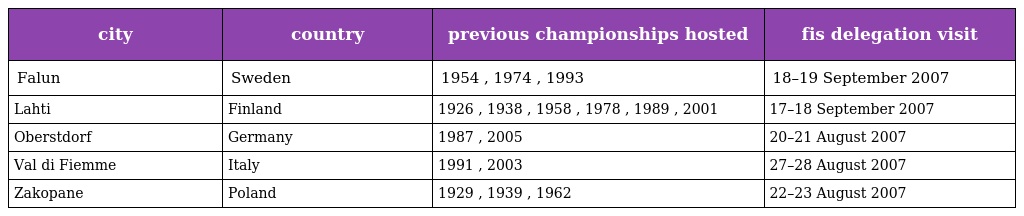
| city | country | previous championships hosted | fis delegation visit |
 | --- | --- | --- | --- |
 | Falun | Sweden | 1954 , 1974 , 1993 | 18–19 September 2007 |
 | Lahti | Finland | 1926 , 1938 , 1958 , 1978 , 1989 , 2001 | 17–18 September 2007 |
 | Oberstdorf | Germany | 1987 , 2005 | 20–21 August 2007 |
 | Val di Fiemme | Italy | 1991 , 2003 | 27–28 August 2007 |
 | Zakopane | Poland | 1929 , 1939 , 1962 | 22–23 August 2007 |